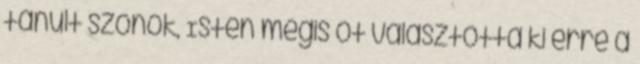
tanult szónok, Isten mégis őt választotta ki erre a